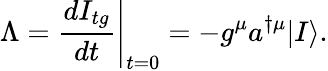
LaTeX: \Lambda=\left.\frac{dI_{tg}}{dt}\right|_{t=0}=-g^{\mu}a^{\dagger\mu}|I\rangle.